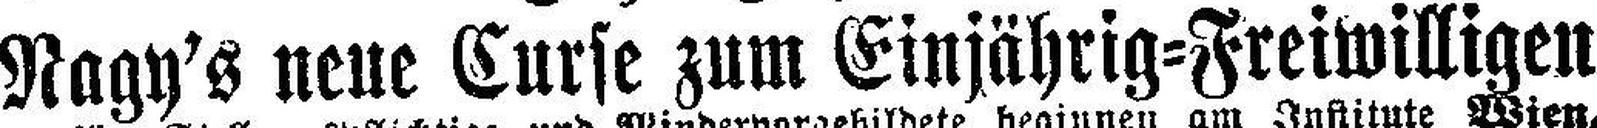
Nagy's neue Curse zum Einjährig=Freiwilligen